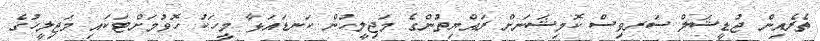
ތެރެއިން ޖުޑީޝަލް ސަރވިސް ކޮމިޝަނަށް ރައްޔިތުންގެ މަޖިލީހުން ކަނޑައަޅާ މީހަކު ހޮވުމަށްޓަކައި މަޖިލީހުގެ